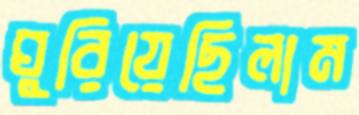
ঘুরিয়েছিলাম